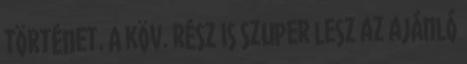
történet. A köv. rész is szuper lesz az ajánló